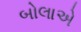
બોલાએ